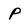
Character: P